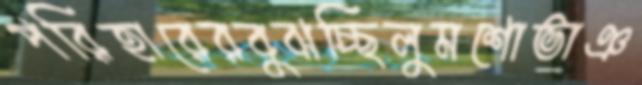
পরিহারেরবুঝচ্ছিলুমশোভাঞ